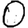
Digit: 0